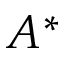
A ^ { * }